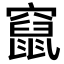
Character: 竄